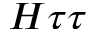
H \tau \tau